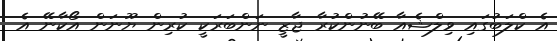
އެ ކްލަބުގައި ވިލްޝެއާ ބޭނުންކުރާ ޖާޒީ ނަންބަރަކީ ކުރިން ޔޫނަން އޯކާނޭ އެ